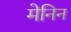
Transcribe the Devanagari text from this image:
मेनिन